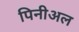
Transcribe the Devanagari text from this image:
पिनीअल